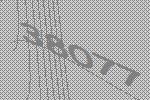
38077